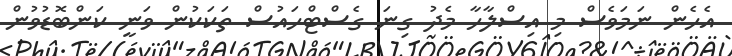
އެހެން ނަމަވެސް މި އިސްލާހާ މެދު ގިނަ ގެސްޓްހައުސް ތަކަކުން ވަނީ ކަންބޮޑުވުން